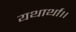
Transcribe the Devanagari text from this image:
यथार्था।।